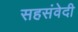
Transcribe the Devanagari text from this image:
सहसंवेदी